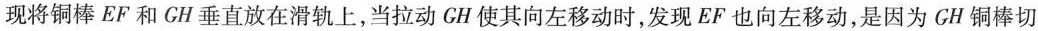
现将铜棒 EF 和 GH 垂直放在滑轨上，当拉动 GH 使其向左移动时，发现 EF 也向左移动，是因为 GH 铜棒切